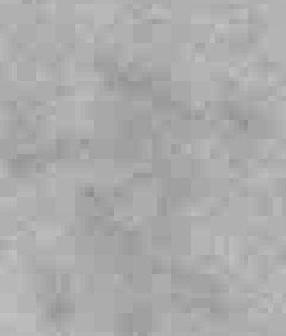
京